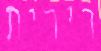
רירית